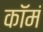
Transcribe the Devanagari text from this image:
कॉमं